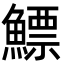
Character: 鰾